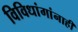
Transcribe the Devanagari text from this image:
विविधांगांनाही